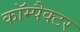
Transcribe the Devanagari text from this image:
कॉम्पैक्टर